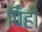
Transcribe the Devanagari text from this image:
पिही